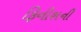
ફિનીશની